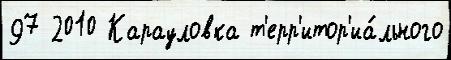
97 2010 Карауловка т'ерр'итор'иа́льного